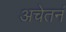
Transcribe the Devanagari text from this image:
अचेतनं